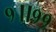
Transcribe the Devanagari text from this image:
१॥११